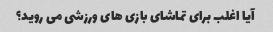
آیا اغلب برای تماشای بازی های ورزشی می روید؟